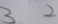
3 2